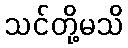
သင်တို့မသိ